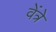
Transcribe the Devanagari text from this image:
वेंत्रे